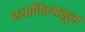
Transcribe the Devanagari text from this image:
स्थापितअसून